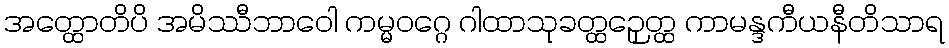
အတ္ထောတိပိ အမိဿီဘာဝေါ ကမ္မဝဂ္ဂေ ဂါထာသုခတ္ထဉှေတ္ထ ကာမန္ဒကီယနီတိသာရ